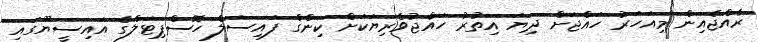
ރާއްޖެއިން މިއަހަރު ހައްޖަށް ދިޔަ އިތުރު ހައްޖުވެރިޔަކަށް ކިންގް ފައިސަލް ހޮސްޕިޓަލްގެ އައިސީޔޫގައި